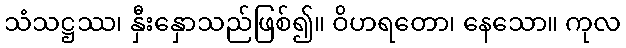
သံသဋ္ဌဿ၊ နှီးနှောသည်ဖြစ်၍။ ဝိဟရတော၊ နေသော။ ကုလ